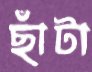
ছাঁটা